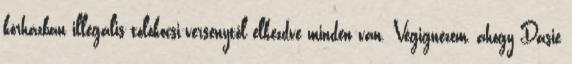
kórházban illegális tolókocsi-versenytől elkezdve minden van. Végignézem, ahogy Dasie